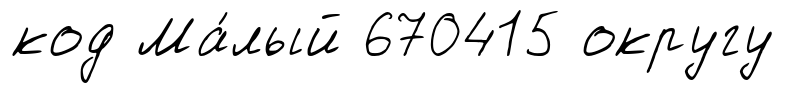
код Ма́лый 670415 округу